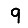
Digit: 9